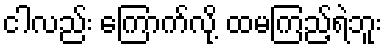
ငါလည်း ကြောက်လို့ ထမကြည့်ရဲဘူး